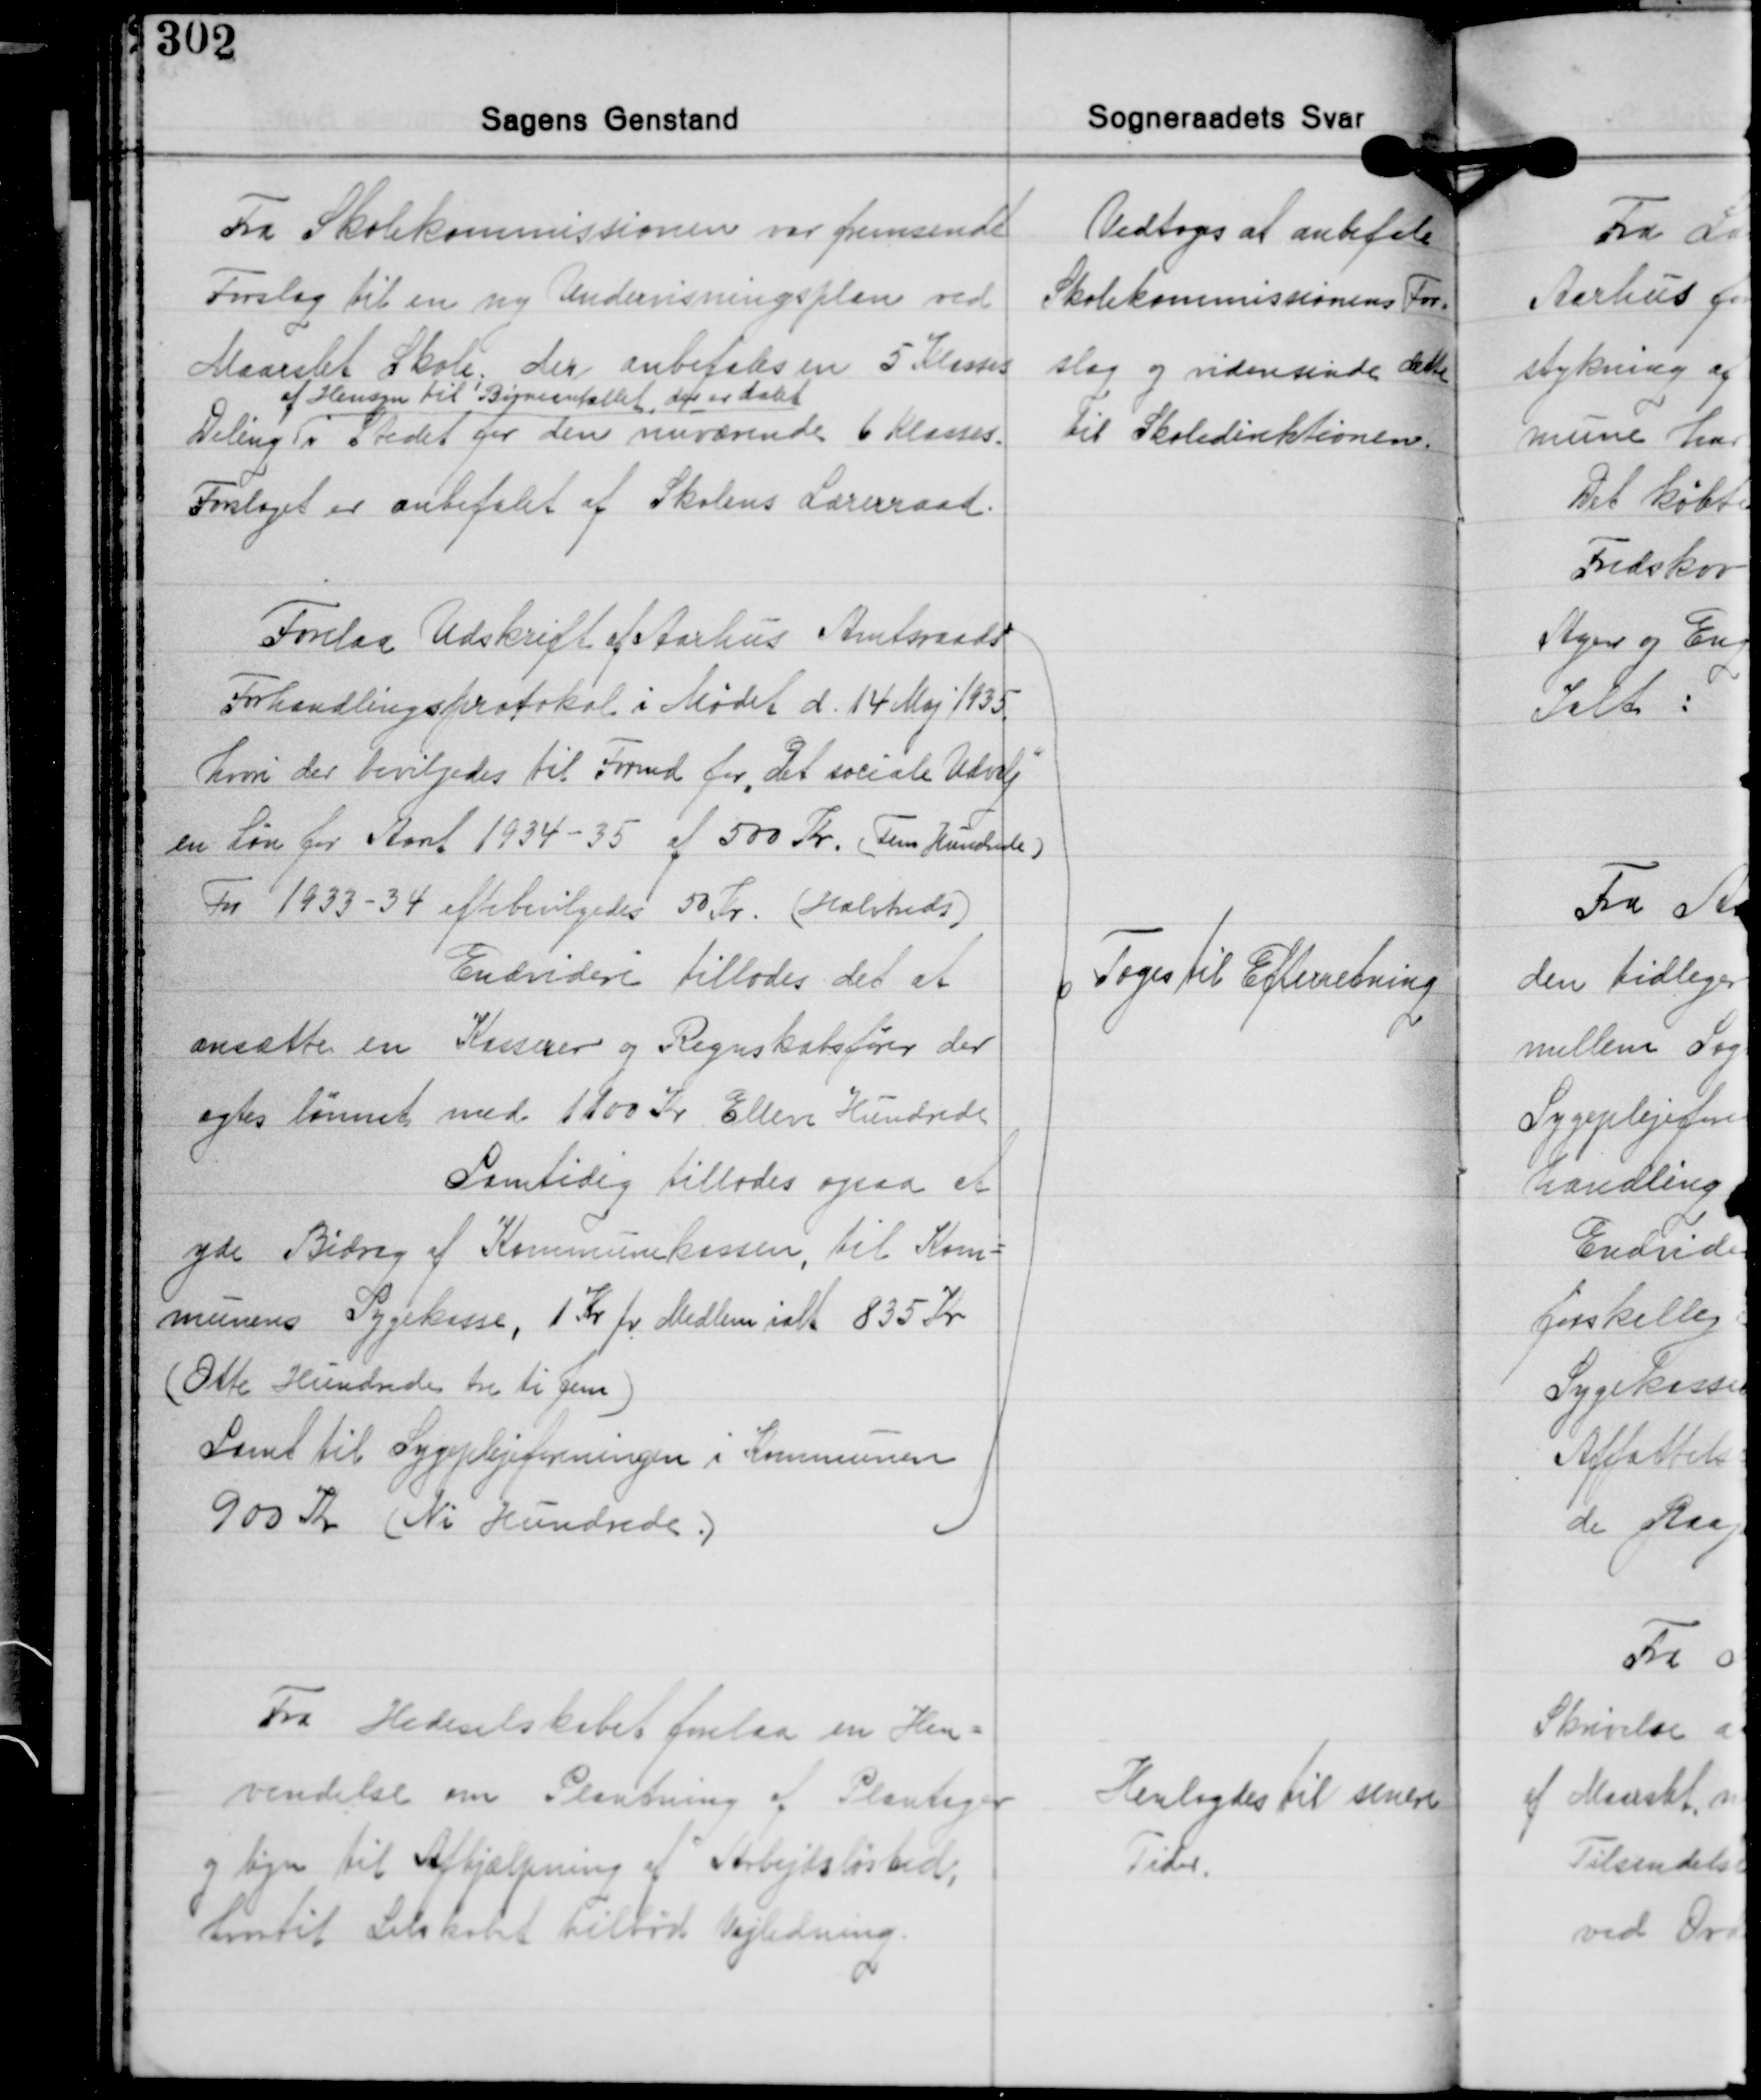
Transskription:
Fra Skolekommissionen var fremsendt
Forslag til en ny Undervisningsplan ved
Maarslet Skole; der anbefales en 5 Klasses
af Hensyn til Børneantallet, der er dalet
Deling i stedet for den nuværende 6 Klasses.
Forslaget er anbefalet af Skolens Lærerraad.

Vedtoges at anbefale
Skolekommissionens For-
slag og videresende det
til Skoledirektionen

Forelaa Udskrift af Aarhus Amtsraads
Forhandlingsprotokol i Mødet d. 14 Maj 1935
hvori der bevilgedes til Formd. for det sociale Udvalg
en Løn for Aaret 1934-35 af 500 Kr. (Fem Hundrede)
For 1933-34 efterbevilgedes 50 Kr. (Halvtreds)
Endvidere tillodes det at
ansætte en Kasserer og Regnskabsfører der
agtes lønnet med 1100 Kr. Elleve Hundrede
Samtidig tillodes ogsaa at
yde Bidrag af Kommunekassen, til Kom-
munens Sygekasse, 1 Kr. pr. Medlem ialt 835 Kr.
(Otte Hundrede tre ti fem)
Samt til Sygeplejeforeningen i Kommunen
900 Kr. (Ni Hundrede.)

Toges til Efterretning

Fra Hedeselskabet forelaa en Hen-
vendelse om Plantning af Plantager
og hegn til Afhjælpning af Arbejdsløshed,
hvortil Selskabet tilbød Vejledning.

Henlagdes til senere
Tider.